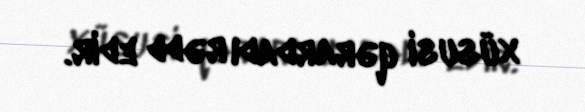
xüsusi qərardadı rədd edir.